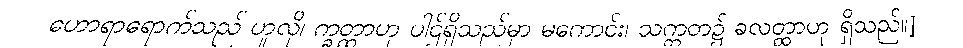
ဟောရာရောက်သည် ဟူလို၊ က္ခတ္ထာဟု ပါဌ်ရှိသည်မှာ မကောင်း၊ သက္ကတ၌ ခလတ္ထာဟု ရှိသည်။]